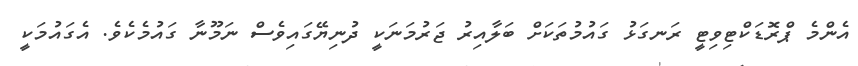
އެންމެ ޕްރޮޑަކްޓިވިޓީ ރަނގަޅު ގައުމުތަކަށް ބަލާއިރު ޖަރުމަނަކީ ދުނިޔޭގައިވެސް ނަމޫނާ ގައުމެކެވެ. އެގައުމަކީ